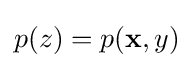
p(z)=p(\mathbf {x} ,y)